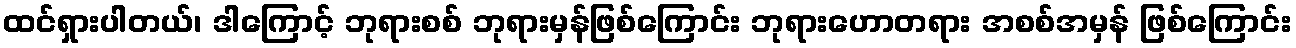
ထင်ရှားပါတယ်၊ ဒါကြောင့် ဘုရားစစ် ဘုရားမှန်ဖြစ်ကြောင်း ဘုရားဟောတရား အစစ်အမှန် ဖြစ်ကြောင်း